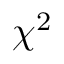
\chi ^ { 2 }